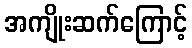
အကျိုးဆက်ကြောင့်